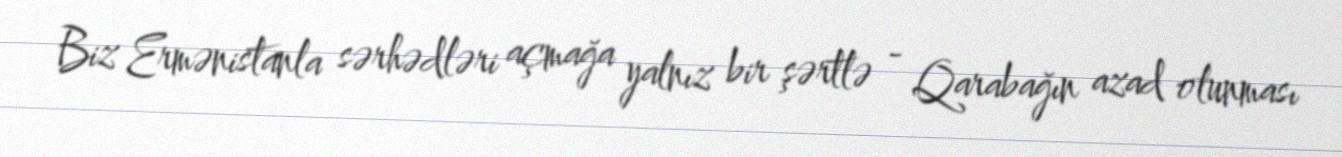
Biz Ermənistanla sərhədləri açmağa yalnız bir şərtlə - Qarabağın azad olunması